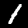
Digit: 1